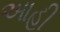
આહી